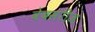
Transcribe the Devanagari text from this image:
वेबसरीज